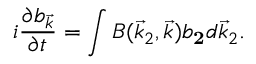
i \frac { \partial b _ { \vec { k } } } { \partial t } = \int B ( \vec { k } _ { 2 } , \vec { k } ) b _ { \mathbf 2 } d \vec { k } _ { 2 } .